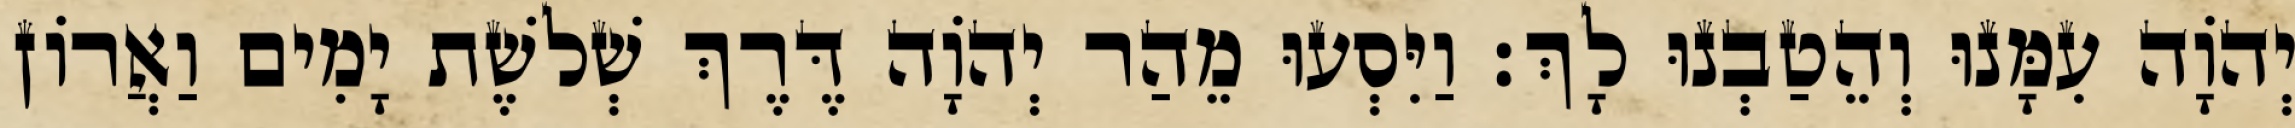
יְהוָֹה עִמָּנוּ וְהֵטַבְנוּ לָךְ׃ וַיִּסְעוּ מֵהַר יְהֹוָה דֶּרֶךְ שְׁלשֶׁת יָמִים וַאֲרוֹן